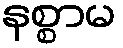
နစ္စာမ